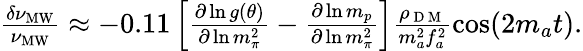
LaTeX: \begin{array}{r}{\frac{\delta\nu_{\mathrm{MW}}}{\nu_{\mathrm{MW}}}\approx-0.11\left[\frac{\partial\ln g(\theta)}{\partial\ln m_{\pi}^{2}}-\frac{\partial\ln m_{p}}{\partial\ln m_{\pi}^{2}}\right]\frac{\rho_{\mathrm{~D~M~}}}{m_{a}^{2}f_{a}^{2}}\cos(2m_{a}t).}\end{array}